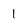
Character: 1